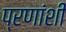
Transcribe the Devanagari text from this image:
प्रणांशी